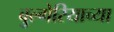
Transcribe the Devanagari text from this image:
बुल्गेरियाच्या